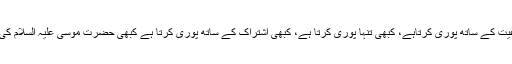
اللہ تعالیٰ ضرورتِ وقت کبھی وحدت کے ساتھ پوری کرتاہے، کبھی اجتماعیت کے ساتھ پوری کرتاہے، کبھی تنہا پوری کرتا ہے، کبھی اِشتراک کے ساتھ پوری کرتا ہے کبھی حضرت موسیٰ علیہ السلام کی درخواست پر حضرت ہارون علیہ السلام کو بھی ذمہ داریاں سونپ دیتا ہے۔